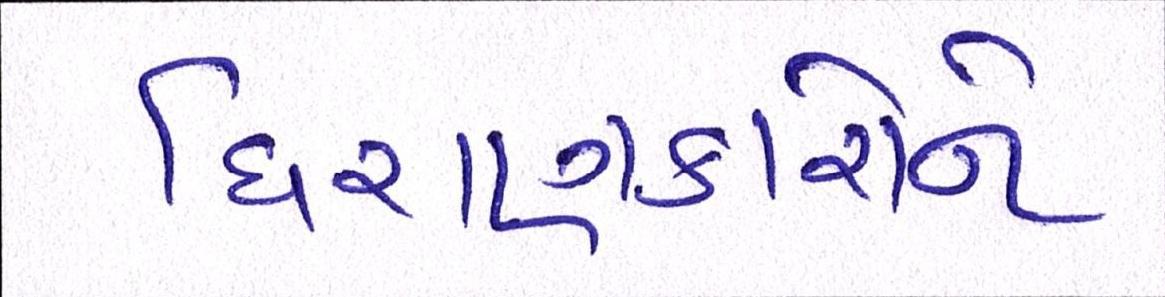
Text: ધિરાણકારોને